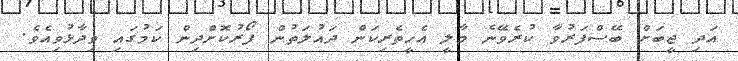
އަދި ޖީބަށް ބޭސްފަރުވާ ކުރެވޭނެ މާލީ އެހީތެރިކަން ދައުލަތުން ފޯރުކޮށްދިން ކަމުގައި ވިދާޅުވިއެވެ.